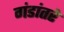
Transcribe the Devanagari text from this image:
गंडांतरे